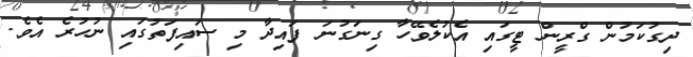
ދިގުކަމުން ގްރީން ޓީގައި އެކުލެވޭހާ ގިނަގުނަ ފައިދާ މި ސައިފަތުގައި ނުހުރެ އެވެ.